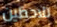
تلاحظين